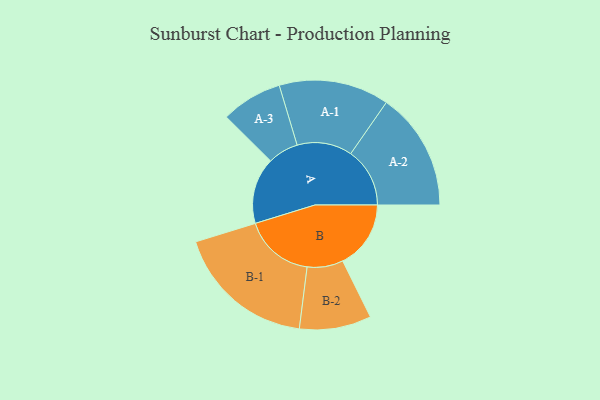
{"axis": {"x": "Segment", "y": "Value"}, "legend": ["", "A", "B"], "data": [{"x": "A", "y": 249, "type": ""}, {"x": "B", "y": 256, "type": ""}, {"x": "A-1", "y": 207, "type": "A"}, {"x": "A-2", "y": 222, "type": "A"}, {"x": "A-3", "y": 115, "type": "A"}, {"x": "B-1", "y": 264, "type": "B"}, {"x": "B-2", "y": 135, "type": "B"}]}